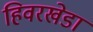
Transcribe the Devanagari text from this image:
हिवरखेडा